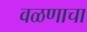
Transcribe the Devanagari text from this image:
वळणाचा